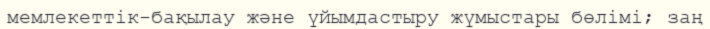
мемлекеттік-бақылау және үйымдастыру жүмыстары бөлімі; заң